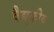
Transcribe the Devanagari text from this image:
वैद्युकीय